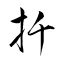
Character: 扦